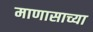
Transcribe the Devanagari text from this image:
माणासाच्या